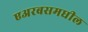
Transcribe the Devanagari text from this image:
एअरबसमधील